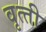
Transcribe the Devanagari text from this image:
वृत्‍ती